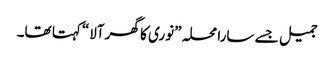
جمیل جسے سارا محلہ ”نوری کا گھر آلا“کہتا تھا۔